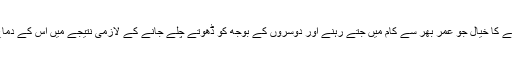
وہی اپنے نا گزیر ہونے کا خیال جو عمر بھر سے کام میں جتے رہنے اور دوسروں کے بوجھ کو ڈھوتے چلے جانے کے لازمی نتیجے میں اس کے دماغ میں رچ بس گیا تھا۔